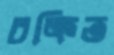
চক্রিত